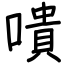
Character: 嘳